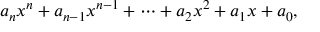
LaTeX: a _ { n } x ^ { n } + a _ { n - 1 } x ^ { n - 1 } + \dotsb + a _ { 2 } x ^ { 2 } + a _ { 1 } x + a _ { 0 } ,